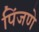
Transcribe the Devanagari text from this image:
पिंजणे